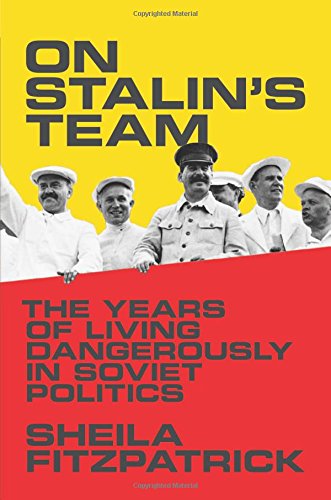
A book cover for On Stalin's Team: The Years of Living Dangerously in Soviet Politics; Sheila Fitzpatrick; Biographies & Memoirs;